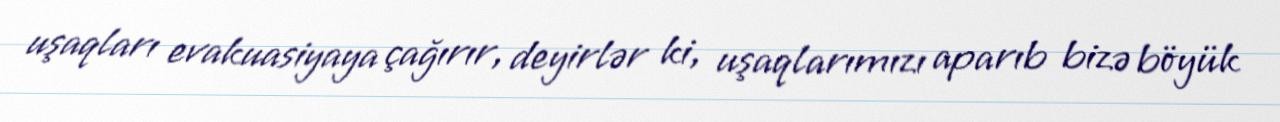
uşaqları evakuasiyaya çağırır, deyirlər ki, uşaqlarımızı aparıb bizə böyük